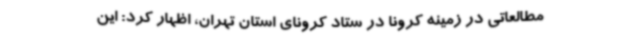
مطالعاتی در زمینه کرونا در ستاد کرونای استان تهران، اظهار کرد: این